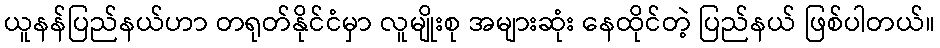
ယူနန်ပြည်နယ်ဟာ တရုတ်နိုင်ငံမှာ လူမျိုးစု အများဆုံး နေထိုင်တဲ့ ပြည်နယ် ဖြစ်ပါတယ်။